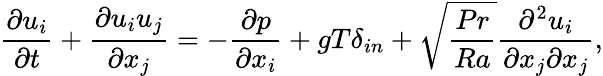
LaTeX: \frac{\partial u_{i}}{\partial t}+\frac{\partial u_{i}u_{j}}{\partial x_{j}}=-\frac{\partial p}{\partial x_{i}}+gT\delta_{in}+\sqrt{\frac{Pr}{Ra}}\frac{\partial^{2}u_{i}}{\partial x_{j}\partial x_{j}},